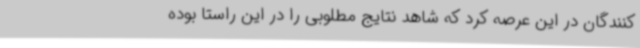
کنندگان در این عرصه کرد که شاهد نتایج مطلوبی را در این راستا بوده